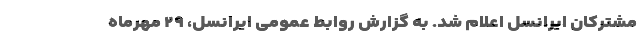
مشترکان ایرانسل اعلام شد. به گزارش روابط عمومی ایرانسل، ۲۹ مهرماه